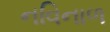
નવિનાળ